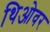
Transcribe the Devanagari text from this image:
थिओवर